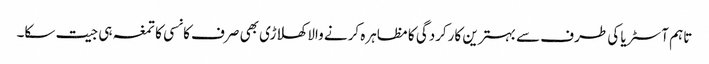
تاہم آسٹریا کی طرف سے بہترین کارکردگی کا مظاہرہ کرنے والا کھلاڑی بھی صرف کانسی کا تمغہ ہی جیت سکا۔